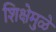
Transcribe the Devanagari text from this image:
शिक्षेमुळे